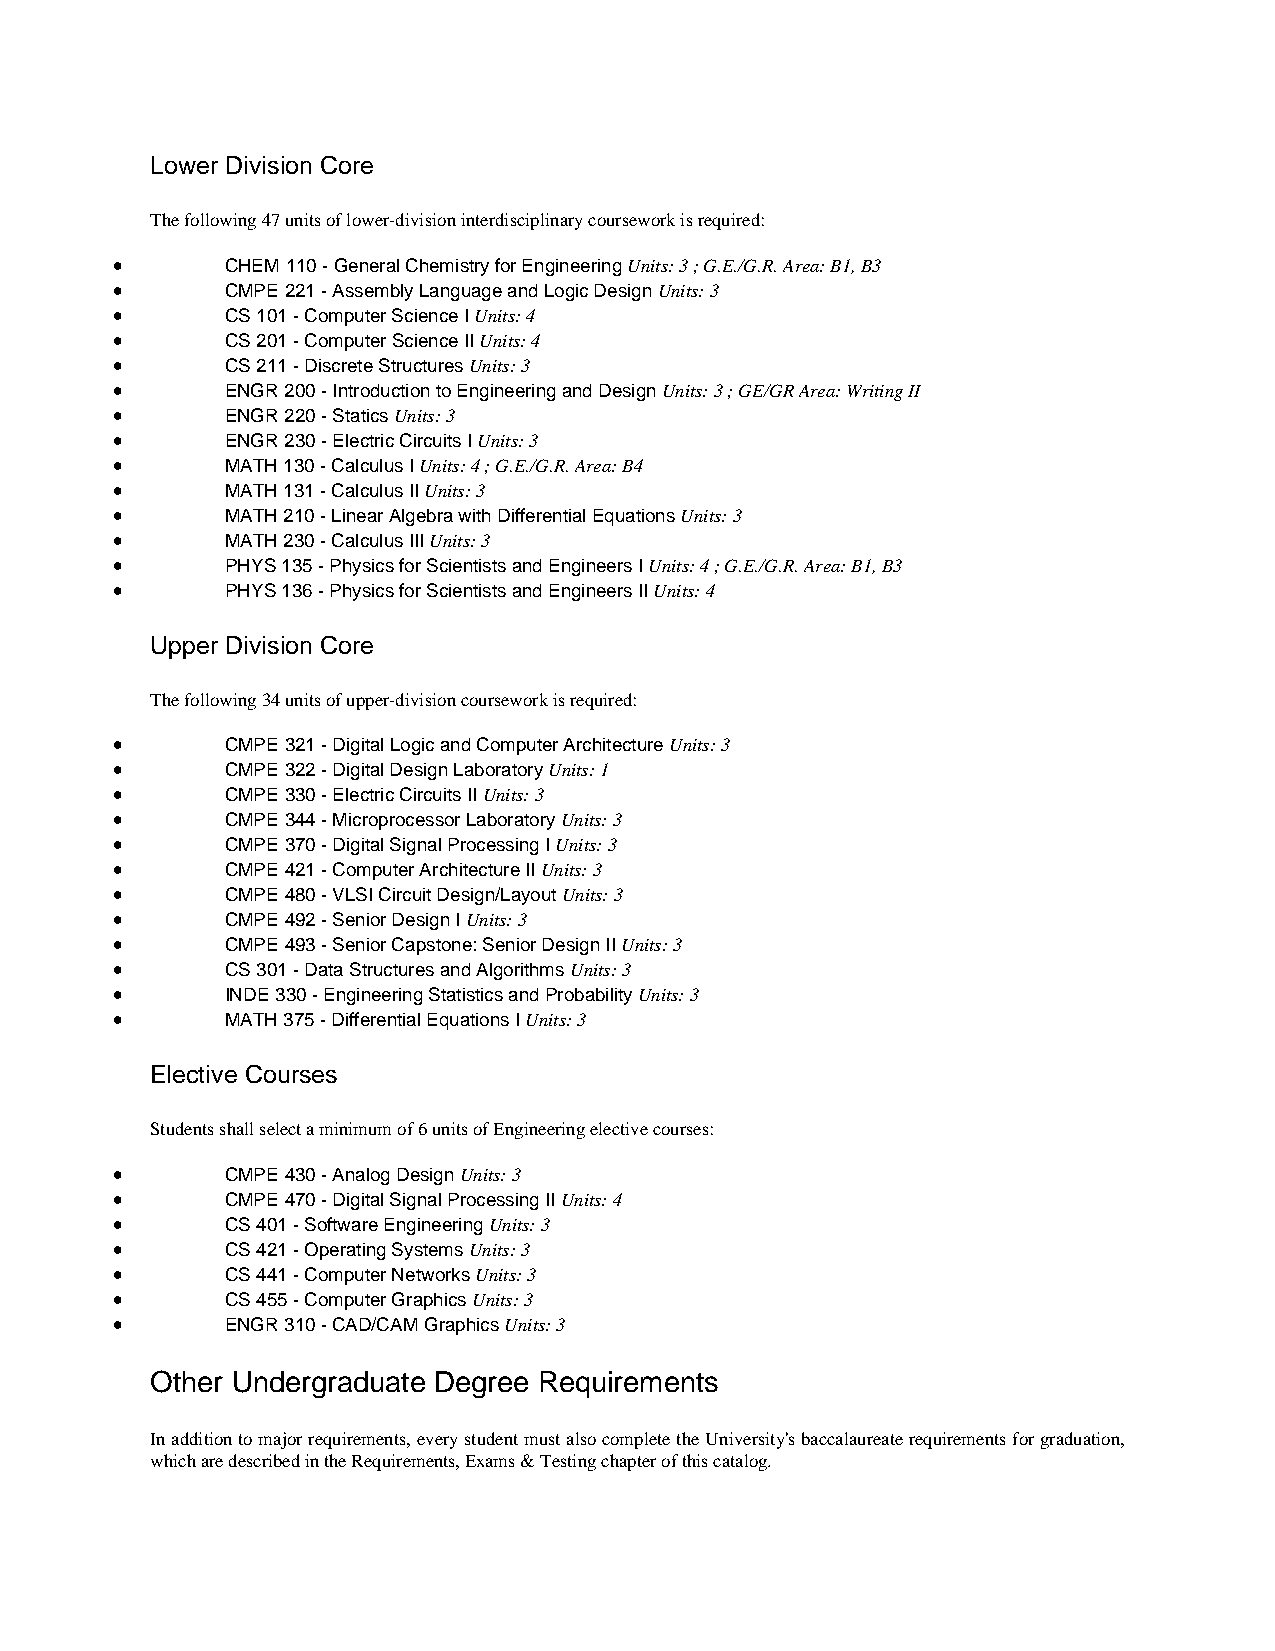
Lower Division Core
 The following 47 units of lower-division interdisciplinary coursework is required:
 •       CHEM 110 - General Chemistry for Engineering Units: 3 ; G.E./G.R. Area: B1, B3
 •       CMPE 221 - Assembly Language and Logic Design Units: 3
 •       CS 101 - Computer Science I Units: 4
 •       CS 201 - Computer Science II Units: 4
 •       CS 211 - Discrete Structures Units: 3
 •       ENGR 200 - Introduction to Engineering and Design Units: 3 ; GE/GR Area: Writing II
 •       ENGR 220 - Statics Units: 3
 •       ENGR 230 - Electric Circuits I Units: 3
 •       MATH 130 - Calculus I Units: 4 ; G.E./G.R. Area: B4
 •       MATH 131 - Calculus II Units: 3
 •       MATH 210 - Linear Algebra with Differential Equations Units: 3
 •       MATH 230 - Calculus III Units: 3
 •       PHYS 135 - Physics for Scientists and Engineers I Units: 4 ; G.E./G.R. Area: B1, B3
 •       PHYS 136 - Physics for Scientists and Engineers II Units: 4
 Upper Division Core
 The following 34 units of upper-division coursework is required:
 •       CMPE 321 - Digital Logic and Computer Architecture Units: 3
 •       CMPE 322 - Digital Design Laboratory Units: 1
 •       CMPE 330 - Electric Circuits II Units: 3
 •       CMPE 344 - Microprocessor Laboratory Units: 3
 •       CMPE 370 - Digital Signal Processing I Units: 3
 •       CMPE 421 - Computer Architecture II Units: 3
 •       CMPE 480 - VLSI Circuit Design/Layout Units: 3
 •       CMPE 492 - Senior Design I Units: 3
 •       CMPE 493 - Senior Capstone: Senior Design II Units: 3
 •       CS 301 - Data Structures and Algorithms Units: 3
 •       INDE 330 - Engineering Statistics and Probability Units: 3
 •       MATH 375 - Differential Equations I Units: 3
 Elective Courses
 Students shall select a minimum of 6 units of Engineering elective courses:
 •       CMPE 430 - Analog Design Units: 3
 •       CMPE 470 - Digital Signal Processing II Units: 4
 •       CS 401 - Software Engineering Units: 3
 •       CS 421 - Operating Systems Units: 3
 •       CS 441 - Computer Networks Units: 3
 •       CS 455 - Computer Graphics Units: 3
 •       ENGR 310 - CAD/CAM Graphics Units: 3
 Other Undergraduate Degree Requirements
 In addition to major requirements, every student must also complete the University's baccalaureate requirements for graduation,
 which are described in the Requirements, Exams & Testing chapter of this catalog.